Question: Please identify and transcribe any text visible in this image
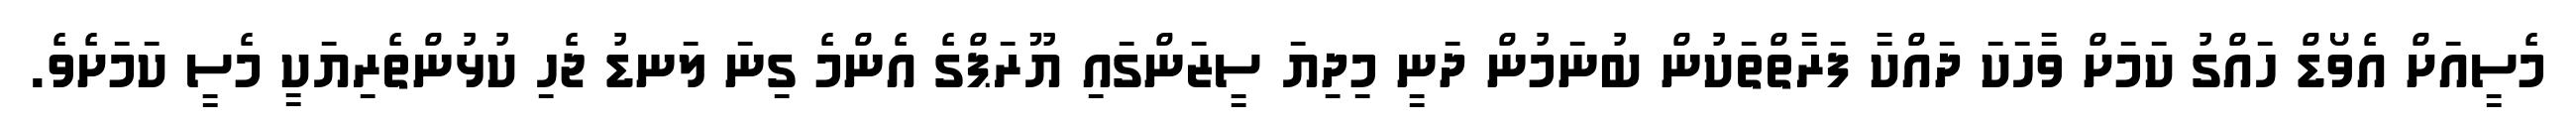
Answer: މެސީއަށް އެވޯޑް ހައްގު ކަމަށް ވާހަކަ ދައްކާ ފަރާތްތަކުން ބުނަމުން ދަނީ މިދިޔަ ސީޒަންގައި ޔޫރަޕްގެ އެންމެ ގިނަ ލަނޑު ޖެހި ކުޅުންތެރިޔަކީ މެސީ ކަމަށެވެ.